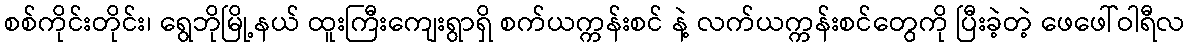
စစ်ကိုင်းတိုင်း၊ ရွေဘိုမြို့နယ် ထူးကြီးကျေးရွာရှိ စက်ယက္ကန်းစင် နဲ့ လက်ယက္ကန်းစင်တွေကို ပြီးခဲ့တဲ့ ဖေဖေါ်ဝါရီလ